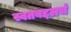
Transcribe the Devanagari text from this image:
स्वतबद्दलचं